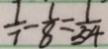
\frac { 1 } { 7 } - \frac { 1 } { 8 } = \frac { 1 } { 5 4 }